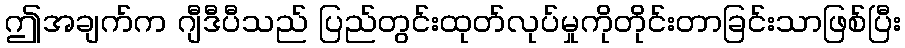
ဤအချက်က ဂျီဒီပီသည် ပြည်တွင်းထုတ်လုပ်မှုကိုတိုင်းတာခြင်းသာဖြစ်ပြီး